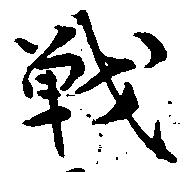
戦